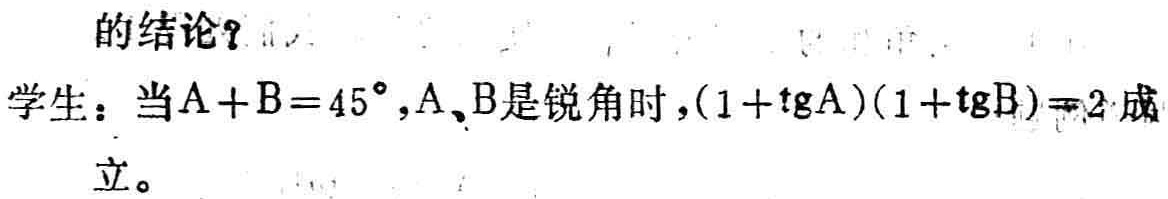
的结论？
学生：当\(A + B = 45^{\circ},A、B\)是锐角时，\((1 + \mathrm{tg}A)(1 + \mathrm{tg}B)=2\)成立。